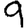
Digit: 9